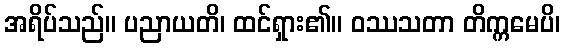
အရိပ်သည်။ ပညာယတိ၊ ထင်ရှား၏။ ဝဿသတာ တိက္ကမေပိ၊